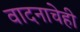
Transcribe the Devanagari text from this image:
वादनाचेही